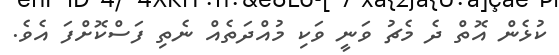
ކުޅެން އޮތް ދެ މެޗު ވަނީ ވަކި މުއްދަތެއް ނެތި ފަސްކޮށްފަ އެވެ.